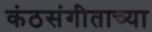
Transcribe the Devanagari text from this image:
कंठसंगीताच्या